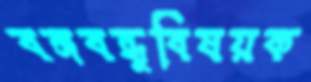
বঙ্গবন্ধুবিষয়ক